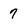
Character: 7